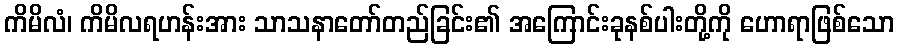
ကိမိလံ၊ ကိမိလရဟန်းအား သာသနာတော်တည်ခြင်း၏ အကြောင်းခုနစ်ပါးတို့ကို ဟောရာဖြစ်သော